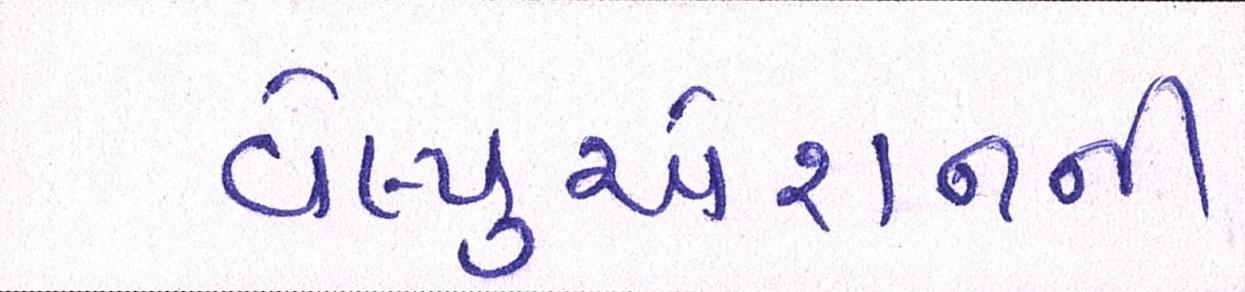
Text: વેલ્યુએશનની